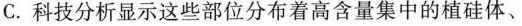
C. 科技分析显示这些部位分布着高含量集中的植硅体、